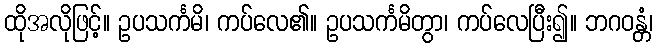
ထိုအလိုဖြင့်။ ဥပသင်္ကမိ၊ ကပ်လေ၏။ ဥပသင်္ကမိတွာ၊ ကပ်လေပြီး၍။ ဘဂဝန္တံ၊